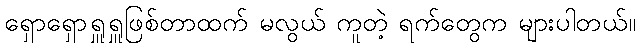
ရှောရှောရှူရှူဖြစ်တာထက် မလွယ် ကူတဲ့ ရက်တွေက များပါတယ်။